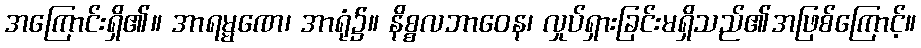
အကြောင်းရှိ၏။ အာရမ္မဏေ၊ အာရုံ၌။ နိစ္စလဘာဝေန၊ လှုပ်ရှားခြင်းမရှိသည်၏အဖြစ်ကြောင့်။